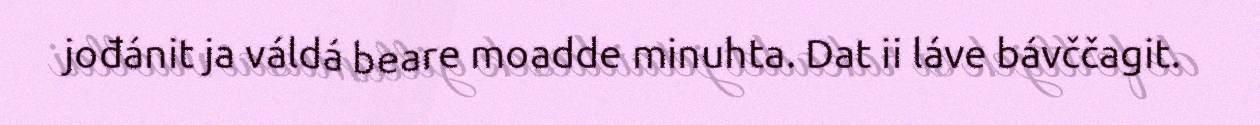
jođánit ja váldá beare moadde minuhta. Dat ii láve bávččagit.